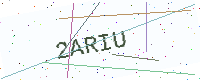
Text: 2ARIU